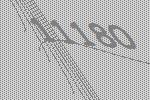
11180